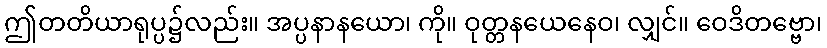
ဤတတိယာရုပ္ပ၌လည်း။ အပ္ပနာနယော၊ ကို။ ဝုတ္တနယေနေဝ၊ လျှင်။ ဝေဒိတဗ္ဗော၊